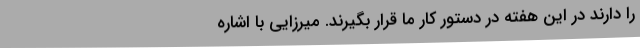
را دارند در این هفته در دستور کار ما قرار بگیرند. میرزایی با اشاره